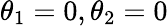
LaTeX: \theta_{1}=0,\theta_{2}=0